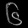
Digit: ၆